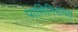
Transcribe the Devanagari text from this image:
पाणिनिसंमत